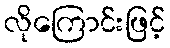
လိုကြောင်းဖြင့်